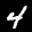
Label: 4